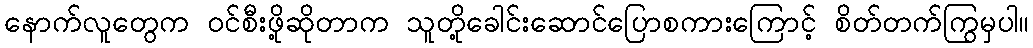
နောက်လူတွေက ဝင်စီးဖို့ဆိုတာက သူတို့ခေါင်းဆောင်ပြောစကားကြောင့် စိတ်တက်ကြွမှပါ။